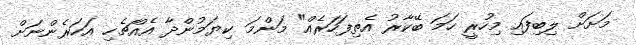
މަށަށް ލިބިފައި މިހުރީ ހަމަ ބޭކާރު އެތިފަހަރެއް" މަންމަ ކިޔަމުންދާ އެއްޗެހި އަހަރެންނަށް